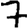
Digit: 7